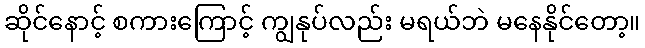
ဆိုင်နောင့် စကားကြောင့် ကျွနုပ်လည်း မရယ်ဘဲ မနေနိုင်တော့။